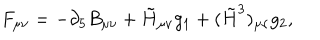
F _ { \mu \nu } = - \partial _ { 5 } B _ { \mu \nu } + \tilde { H } _ { \mu \nu } g _ { 1 } + ( \tilde { H } ^ { 3 } ) _ { \mu \nu } g _ { 2 } ,